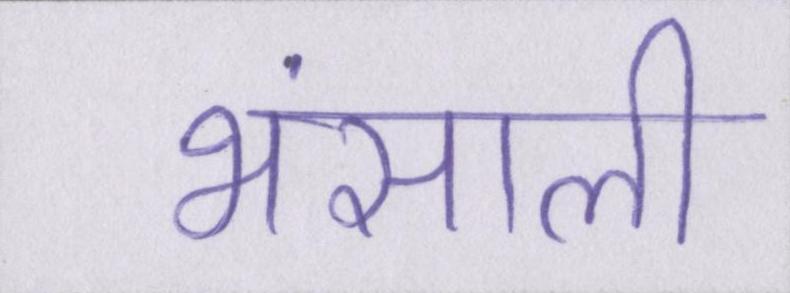
भंसाली